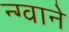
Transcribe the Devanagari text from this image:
न्ग्वाने